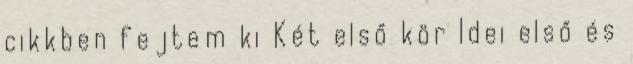
cikkben fejtem ki Két első kör Idei első és